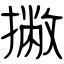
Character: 撇